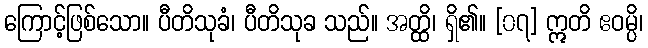
ကြောင့်ဖြစ်သော။ ပီတိသုခံ၊ ပီတိသုခ သည်။ အတ္ထိ၊ ရှိ၏။ [၀၇] ဣတိ ဧဝမ္ပိ၊